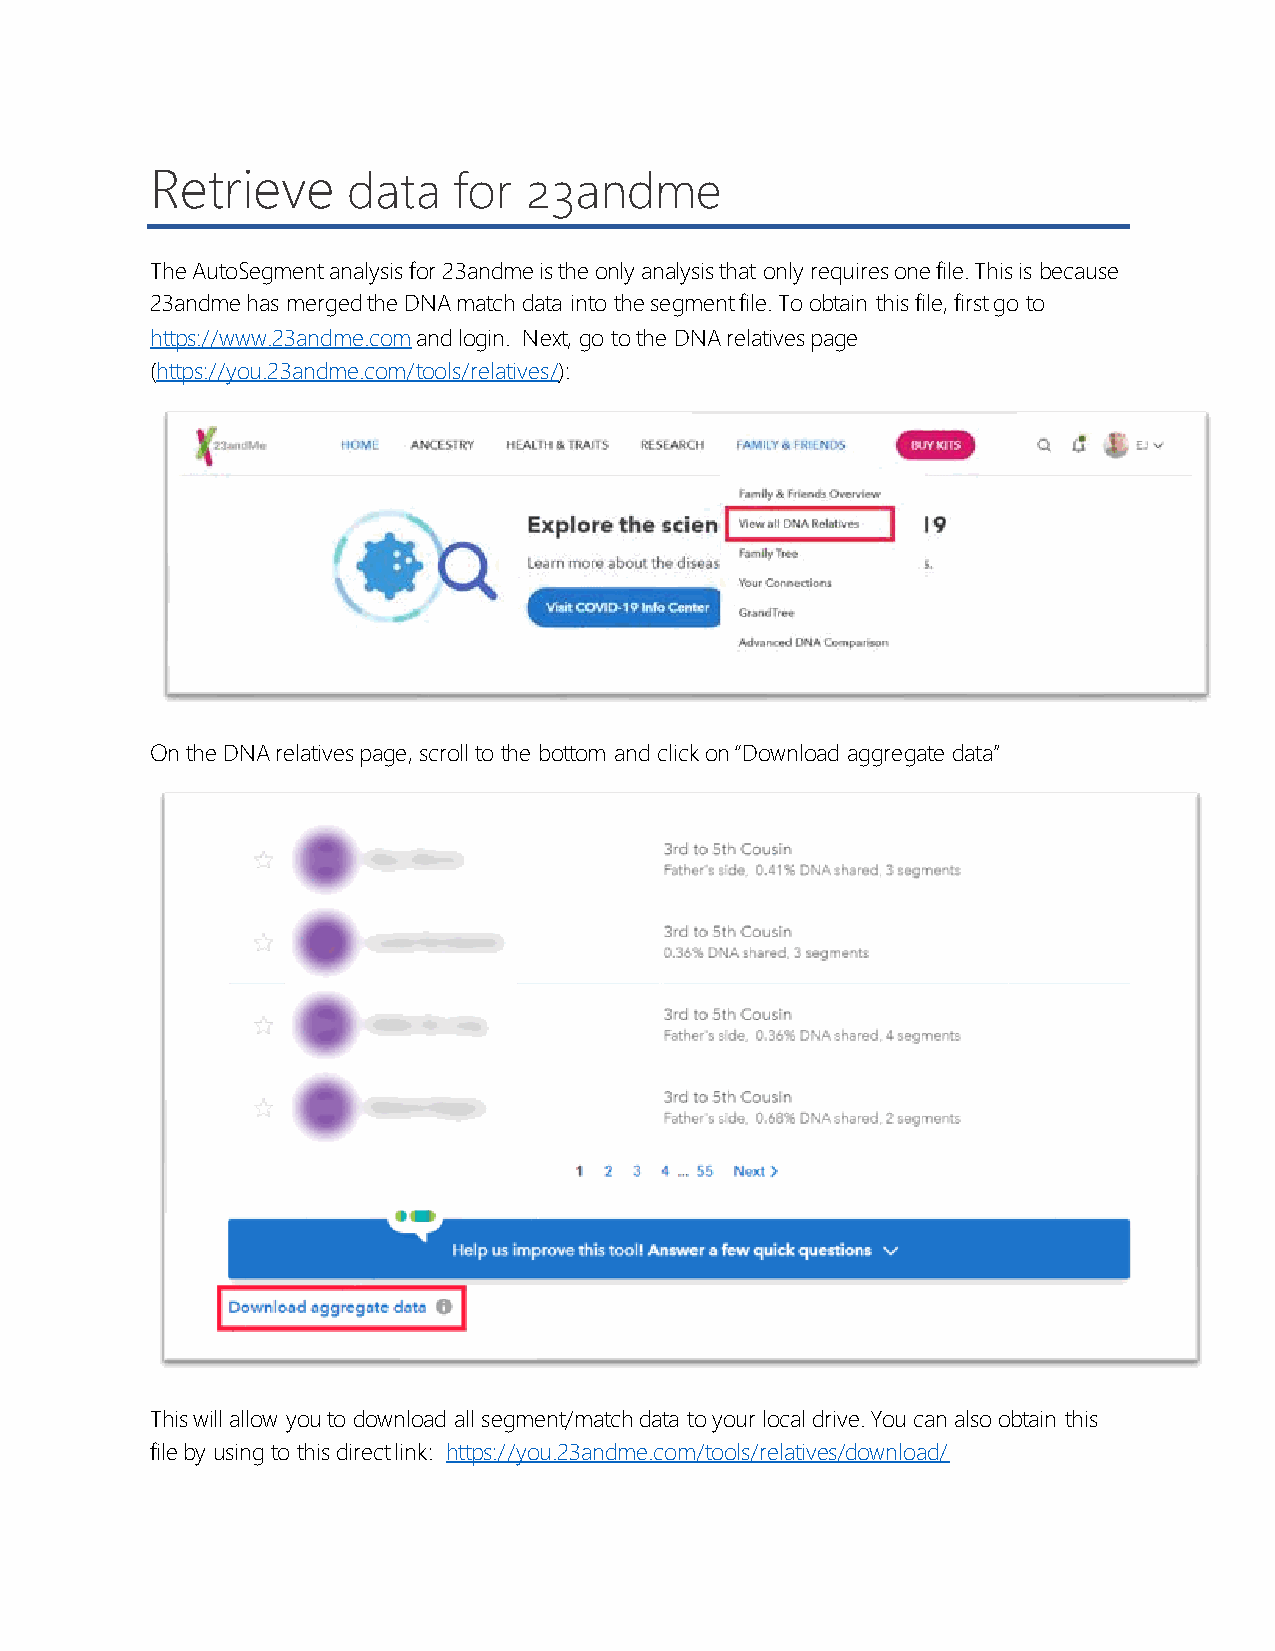
Retrieve     data   for  23andme
 The AutoSegment analysis for 23andme is the only analysis that only requires one file. This is because
 23andme has merged the DNA match data into the segment file. To obtain this file, first go to
 https://www.23andme.com and login. Next, go to the DNA relatives page
 (https://you.23andme.com/tools/relatives/):
 On the DNA relatives page, scroll to the bottom and click on “Download aggregate data”
 This will allow you to download all segment/match data to your local drive. You can also obtain this
 file by using to this direct link: https://you.23andme.com/tools/relatives/download/